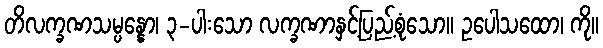
တိလက္ခဏသမ္ပန္နော၊ ၃-ပါးသော လက္ခဏာနှင့်ပြည့်စုံသော။ ဥပေါသထော၊ ကို။